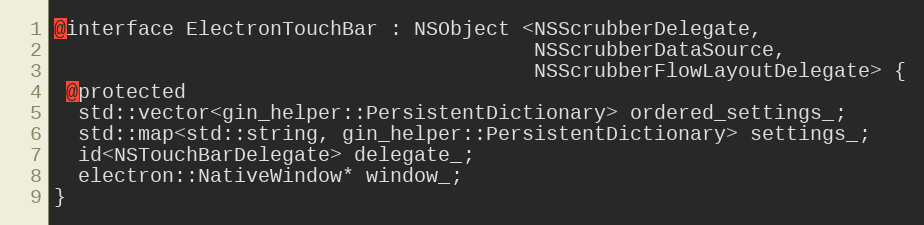
Language: C
@interface ElectronTouchBar : NSObject <NSScrubberDelegate,
                                        NSScrubberDataSource,
                                        NSScrubberFlowLayoutDelegate> {
 @protected
  std::vector<gin_helper::PersistentDictionary> ordered_settings_;
  std::map<std::string, gin_helper::PersistentDictionary> settings_;
  id<NSTouchBarDelegate> delegate_;
  electron::NativeWindow* window_;
}